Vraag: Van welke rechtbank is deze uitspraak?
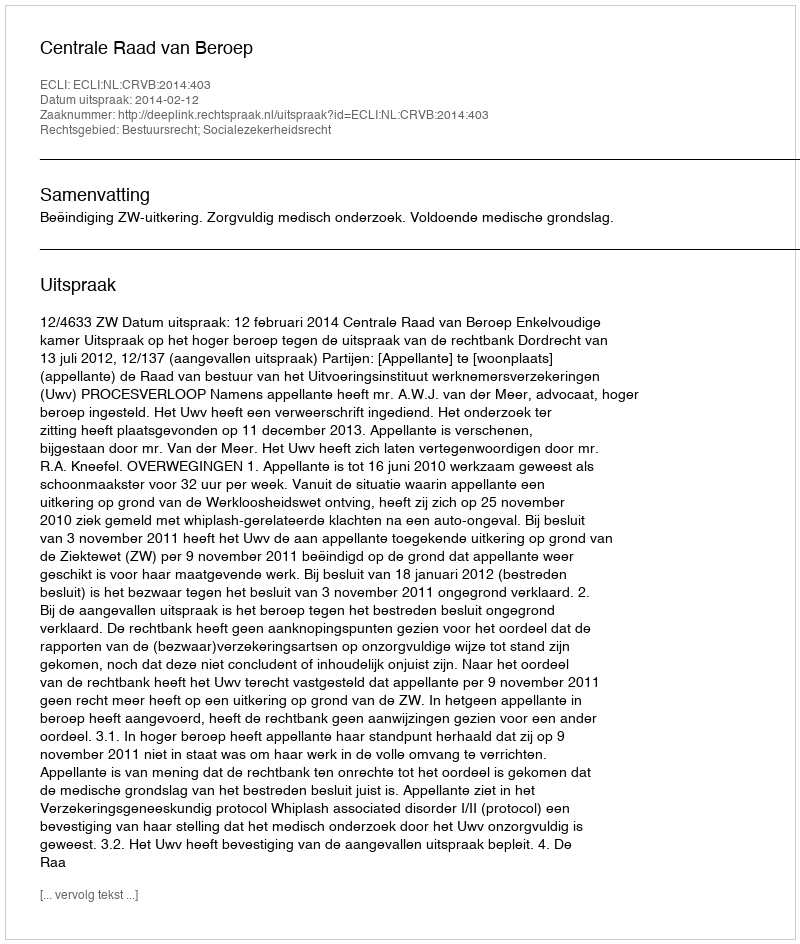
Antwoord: Centrale Raad van Beroep